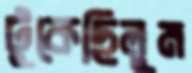
টুকেছিলুম